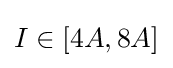
I\in [4A,8A]